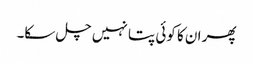
پھر ان کا کوئی پتا نہیں چل سکا۔